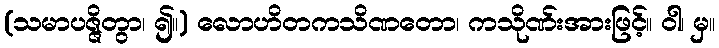
(သမာပဇ္ဇိတွာ၊ ၍။) လောဟိတကသိဏတော၊ ကသိုဏ်းအားဖြင့်။ ဝါ၊ မှ။